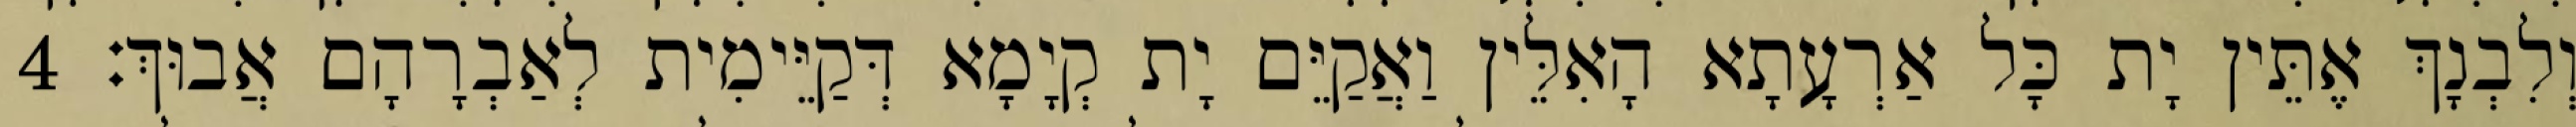
וְלִבְנָךְ אֶתֵּין יָת כָּל אַרְעָתָא הָאִלֵּין וַאֲקַיֵּם יָת קְיָמָא דְּקַיֵּימִית לְאַבְרָהָם אֲבוּךְ׃ 4